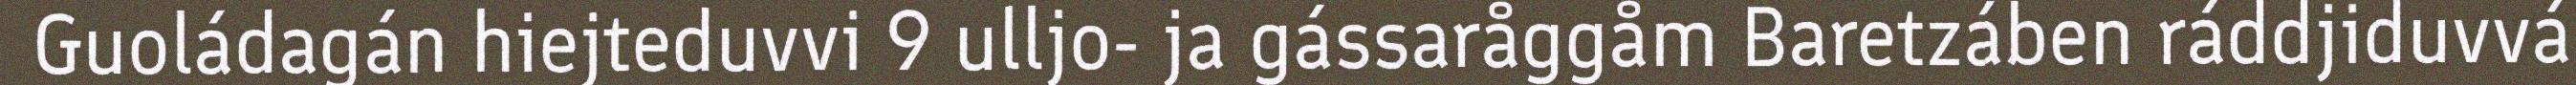
Guoládagán hiejteduvvi 9 ulljo- ja gássaråggåm Baretzáben ráddjiduvvá